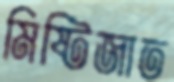
মিষ্টিজাত